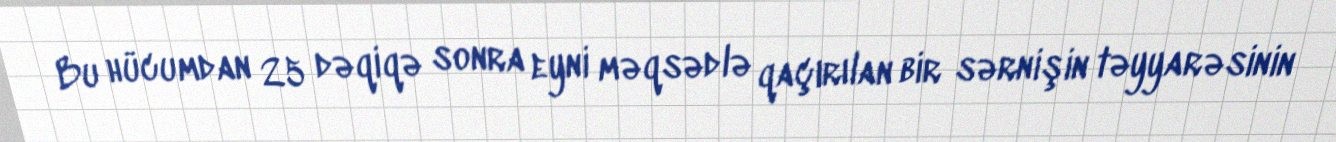
Bu hücumdan 25 dəqiqə sonra eyni məqsədlə qaçırılan bir sərnişin təyyarəsinin